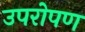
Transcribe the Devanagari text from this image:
उपरोपण